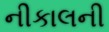
નીકાલની